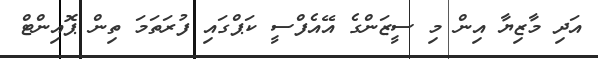
އަދި މާޒިޔާ އިން މި ސީޒަންގެ އޭއެފްސީ ކަޕްގައި ފުރަތަމަ ތިން ޕޮއިންޓް